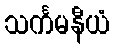
သင်္ကမနီယံ